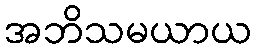
အဘိသမယာယ